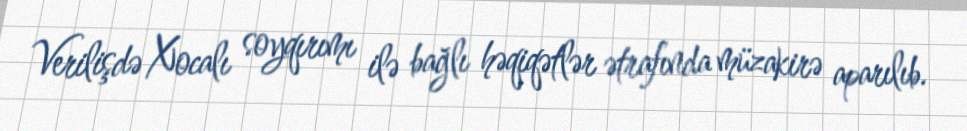
Verilişdə Xocalı soyqırımı ilə bağlı həqiqətlər ətrafında müzakirə aparılıb.